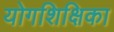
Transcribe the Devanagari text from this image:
योगशिक्षिका